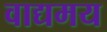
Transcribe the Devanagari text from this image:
वाद्यमय